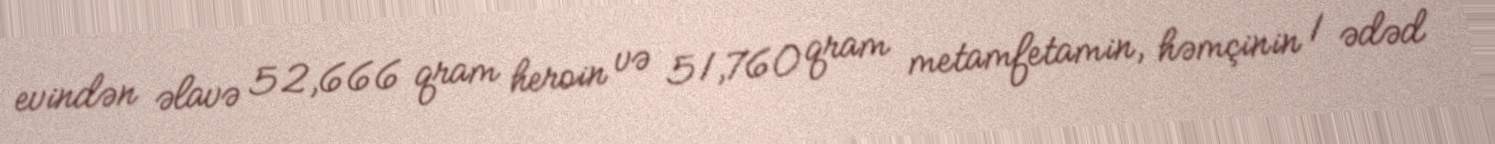
evindən əlavə 52,666 qram heroin və 51,760 qram metamfetamin, həmçinin 1 ədəd